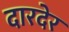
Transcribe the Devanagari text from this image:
दारदेर